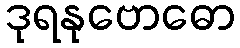
ဒုရနုဗောဓော